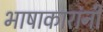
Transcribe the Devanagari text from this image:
भाषाकारांनी